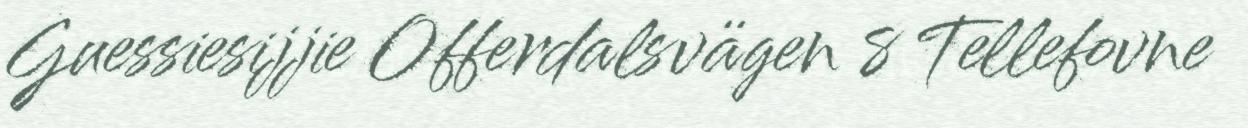
Guessiesijjie Offerdalsvägen 8 Tellefovne